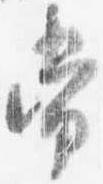
常